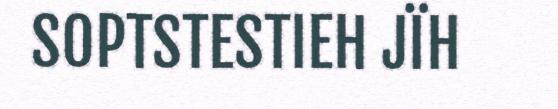
SOPTSTESTIEH JÏH